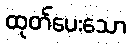
ထုတ်ပေးသော